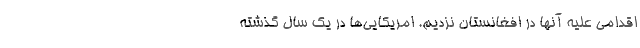
اقدامي عليه آنها در افغانستان نزديم. امريكايي‌ها در يك سال گذشته